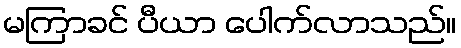
မကြာခင် ပီယာ ပေါက်လာသည်။